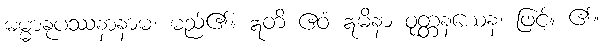
ဓမ္မာနုပဿနာနာမ၊ မည်၏။ ဣတိ ဧဝံ ဣမိနာ ဝုတ္တနယေန၊ ဖြင့်။ ၏။